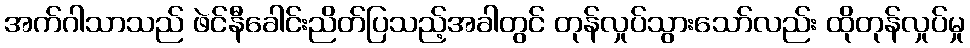
အက်ဂါသာသည် ဖဲင်နီခေါင်းညိတ်ပြသည့်အခါတွင် တုန်လှုပ်သွားသော်လည်း ထိုတုန်လှုပ်မှု